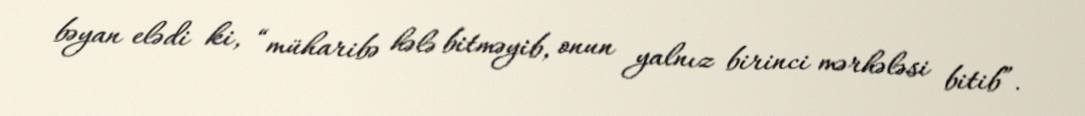
bəyan elədi ki, “müharibə hələ bitməyib, onun yalnız birinci mərhələsi bitib”.